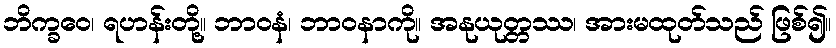
ဘိက္ခဝေ၊ ရဟန်းတို့။ ဘာဝနံ၊ ဘာဝနာကို။ အနုယုတ္တဿ၊ အားမထုတ်သည် ဖြစ်၍။